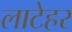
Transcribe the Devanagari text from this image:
लाटेहर